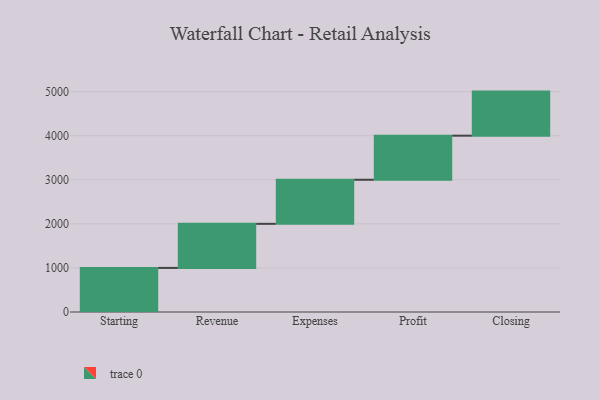
{"axis": {"x": "Step", "y": "Value"}, "legend": [""], "data": [{"x": "Starting", "y": 1000, "type": ""}, {"x": "Revenue", "y": 1000, "type": ""}, {"x": "Expenses", "y": 1000, "type": ""}, {"x": "Profit", "y": 1000, "type": ""}, {"x": "Closing", "y": 1000, "type": ""}]}